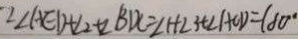
\because \angle A E D + \angle 2 + \angle B D C = \angle 1 + \angle 3 + \angle A C D = 1 8 0 ^ { \circ }